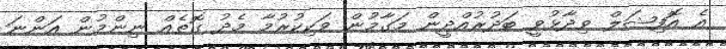
އެ އޮފިޝަލް ވިދާޅުވީ ބަދުރުއްދީން މަގާމުން ވަކިކުރުމާ މެދު ގޮތެއް ނިންމުން އަންނަ